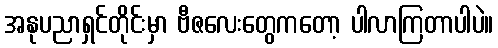
အနုပညာရှင်တိုင်းမှာ ဗီဇလေးတွေကတော့ ပါလာကြတာပါပဲ။